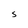
Character: S